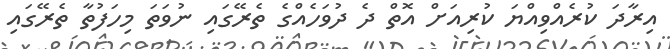
އިރާދަ ކުރެއްވިއްޔަ ކުރިއަށް އޮތް ދެ ދުވަހެއްގެ ތެރޭގައި ނުވަތަ މިހަފުތާ ތެރޭގައި